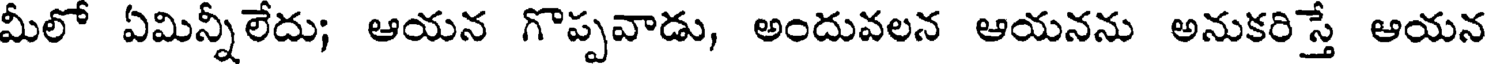
మీలో ఏమిన్నీలేదు; ఆయన గొప్పవాడు, అందువలన ఆయనను అనుకరిస్తే ఆయన